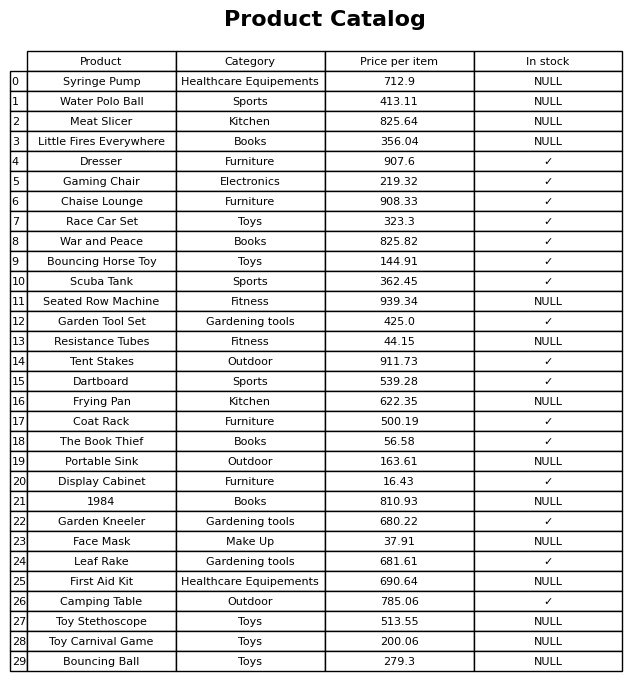
question: Is the Scuba Tank in stock?
answer: ✓